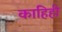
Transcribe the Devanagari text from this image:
काहिही